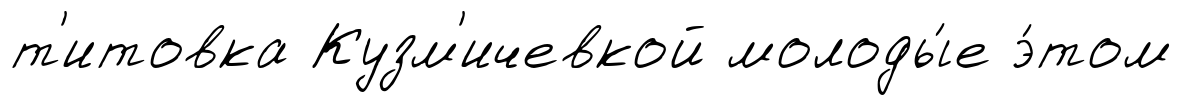
т'итовка Кузм'ичевкой молоды́е э́том